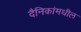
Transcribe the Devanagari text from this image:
दैनिकांमधील